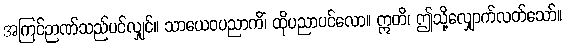
အကြင်ဉာဏ်သည်ပင်လျှင်။ သာယေဝပညာကိံ၊ ထိုပညာပင်လော။ ဣတိ၊ ဤသို့လျှောက်လတ်သော်။